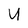
Character: U